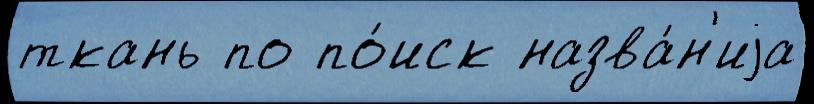
ткань по по́иск назва́н'иjа